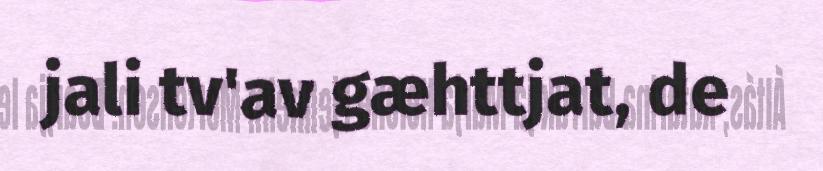
jali tv'av gæhttjat, de